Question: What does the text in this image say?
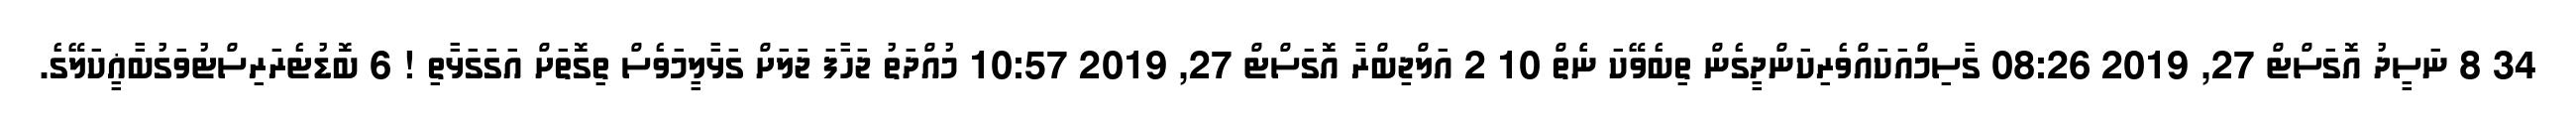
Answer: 34 8 ނަސީދު އޮގަސްޓް 27, 2019 08:26 ގާސިމްއަކައްވެރިކަންދީގެން ތިބެވޭކަ ނެެތް 10 2 އަލްޖިބްރާ އޮގަސްޓް 27, 2019 10:57 މުއްދަތު ޖަހާފަ ޖަލަށް ގަޅާލީމަވެސް ތިގޮތަށް އަގަގަޅާތި ! 6 ބޮޑުޓެރަރިސްޓުވަގުބާޣީކަލޭގެ.